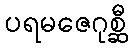
ပရမဇေဂုစ္ဆီ